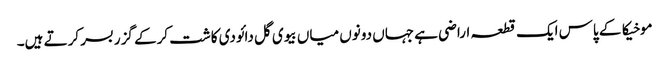
موخیکا کے پاس ایک قطعہ اراضی ہے جہاں دونوں میاں بیوی گل دائودی کاشت کرکے گزر بسر کرتے ہیں۔